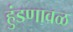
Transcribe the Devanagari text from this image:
हुंडणावळ